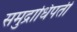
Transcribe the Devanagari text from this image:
समुद्राधिपती